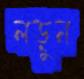
লড়ুন